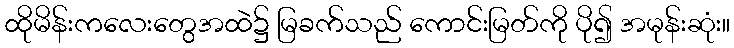
ထိုမိန်းကလေးတွေအထဲ၌ မြခက်သည် ကောင်းမြတ်ကို ပို၍ အမုန်းဆုံး။